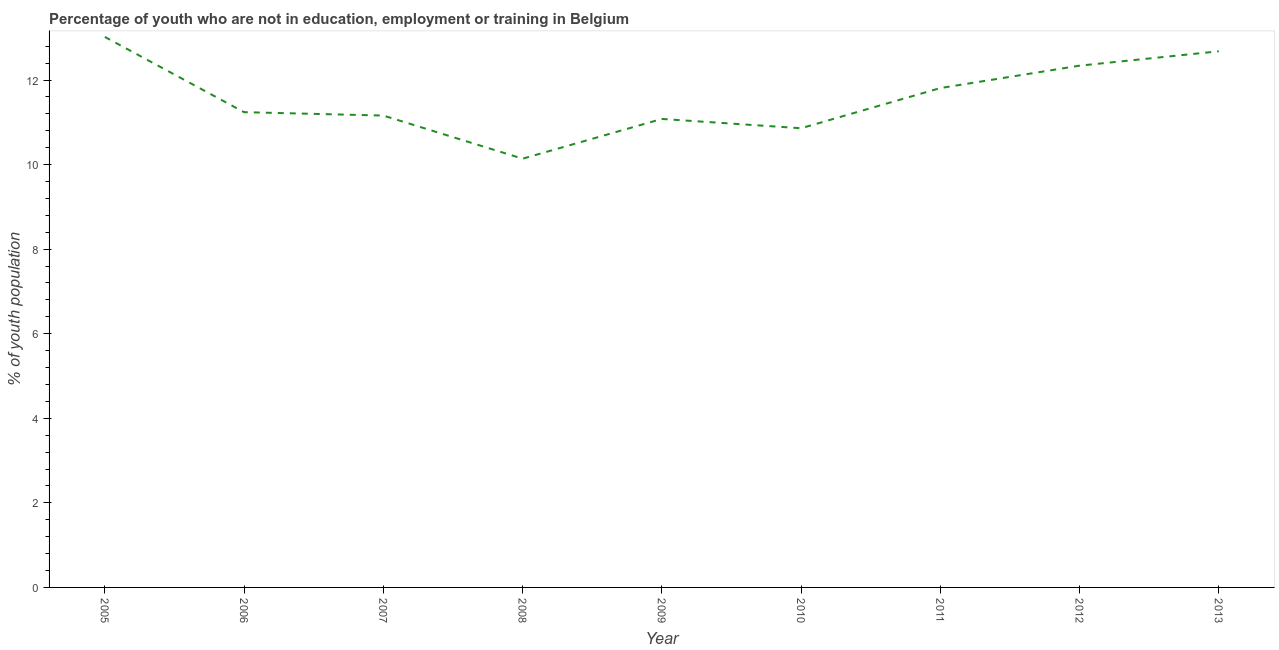
| Year | Unemployed youth |
 | --- | --- |
 | 2005 | 13 |
 | 2006 | 11.2 |
 | 2007 | 11.2 |
 | 2008 | 10.1 |
 | 2009 | 11.1 |
 | 2010 | 10.9 |
 | 2011 | 11.8 |
 | 2012 | 12.3 |
 | 2013 | 12.7 |